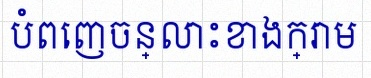
បំពេញចន្លោះខាងក្រោម